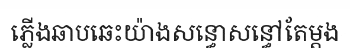
ភ្លើងឆាបឆេះយ៉ាងសន្ធោសន្ធៅតែម្តង